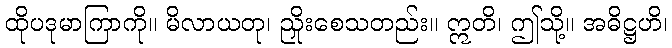
ထိုပဒုမာကြာကို။ မိလာယတု၊ ညှိုးစေသတည်း။ ဣတိ၊ ဤသို့။ အဓိဋ္ဌဟိ၊